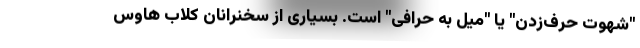
"شهوت حرف‌زدن" یا "میل به حرّافی" است. بسیاری از سخنرانان کلاب هاوس